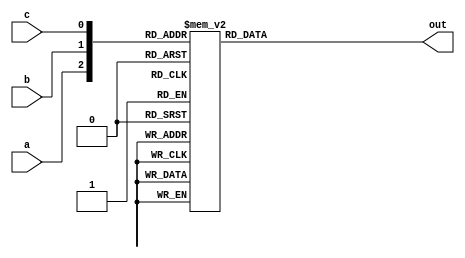
/**
* @brief:
* 3-8,case
*/
module decoder3_8(
	input wire a,
	input wire b,
	input wire c,
	output reg [7:0] out
);

always @(a, b, c)
	case({a, b, c})
		3'b000:out = 8'b0000_0001;
		3'b001:out = 8'b0000_0010;
		3'b010:out = 8'b0000_0100;
		3'b011:out = 8'b0000_1000;
		3'b100:out = 8'b0001_0000;
		3'b101:out = 8'b0010_0000;
		3'b110:out = 8'b0100_0000;
		3'b111:out = 8'b1000_0000;
		default:;
	endcase

endmodule